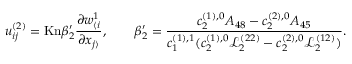
u _ { i j } ^ { ( 2 ) } = \mathrm { K n } \beta _ { 2 } ^ { \prime } \frac { \partial w _ { \langle i } ^ { 1 } } { \partial x _ { j \rangle } } , \qquad \beta _ { 2 } ^ { \prime } = \frac { c _ { 2 } ^ { ( 1 ) , 0 } A _ { 4 8 } - c _ { 2 } ^ { ( 2 ) , 0 } A _ { 4 5 } } { c _ { 1 } ^ { ( 1 ) , 1 } ( c _ { 2 } ^ { ( 1 ) , 0 } \mathscr { L } _ { 2 } ^ { ( 2 2 ) } - c _ { 2 } ^ { ( 2 ) , 0 } \mathscr { L } _ { 2 } ^ { ( 1 2 ) } ) } .